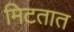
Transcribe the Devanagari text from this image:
मिटतात